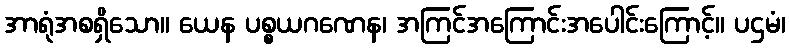
အာရုံအစရှိသော။ ယေန ပစ္စယဂဏေန၊ အကြင်အကြောင်းအပေါင်းကြောင့်။ ပဌမံ၊